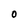
Character: 0